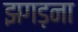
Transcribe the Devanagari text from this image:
झगड़ना